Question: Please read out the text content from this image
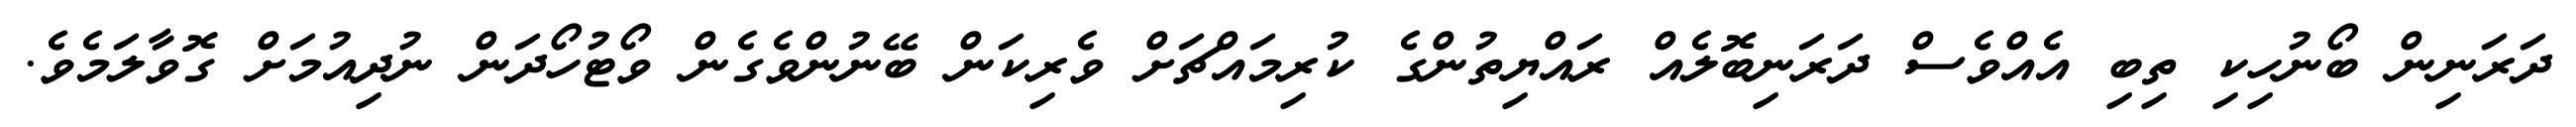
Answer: ދަރަނިން ބޯނުހިކި ތިބި އެއްވެސް ދަރަނިބޮލެއް ރައްޔިތުންގެ ކުރިމައްޗަށް ވެރިކަން ބޭނުންވެގެން ވޯޓުހޯދަން ނުދިއުމަށް ގޮވާލަމެވެ.